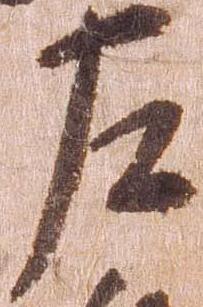
左